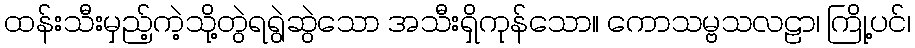
ထန်းသီးမှည့်ကဲ့သို့တွဲရရွဲဆွဲသော အသီးရှိကုန်သော။ ကောသမ္ဗသလဠာ၊ ကြို့ပင်၊